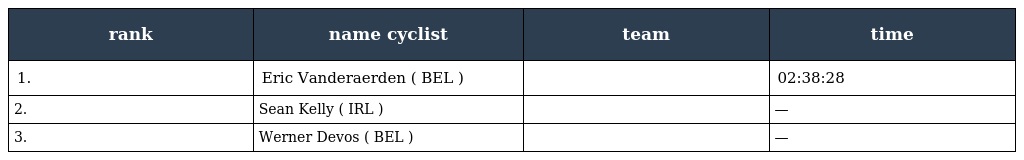
| rank | name cyclist | team | time |
 | --- | --- | --- | --- |
 | 1. | Eric Vanderaerden ( BEL ) |  | 02:38:28 |
 | 2. | Sean Kelly ( IRL ) |  | — |
 | 3. | Werner Devos ( BEL ) |  | — |